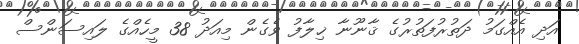
އަދި އެއްގަމު ދަތުރުފަތުރުގެ ޤާނޫނާ ޚިލާފު ވެގެން މިއަދު 38 މީހެއްގެ ލައިސަންސް